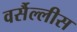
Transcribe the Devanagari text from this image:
वर्सैल्लीस